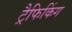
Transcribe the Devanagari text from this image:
ट्रैफिकिंग